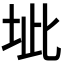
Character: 𭎔